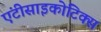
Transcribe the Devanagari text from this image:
एंटीसाइकोटिक्स